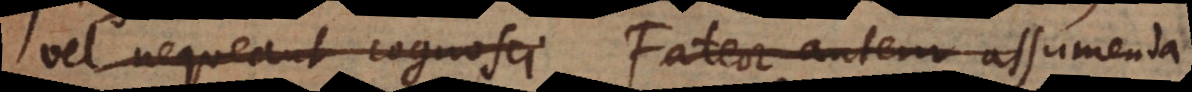
vel nequeant cognosci. Fateor autem assumenda